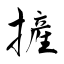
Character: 摌